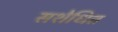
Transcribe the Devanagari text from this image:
सशेधित